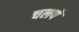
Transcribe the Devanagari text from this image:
चलपे